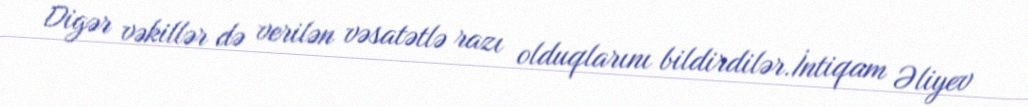
Digər vəkillər də verilən vəsatətlə razı olduqlarını bildirdilər.İntiqam Əliyev